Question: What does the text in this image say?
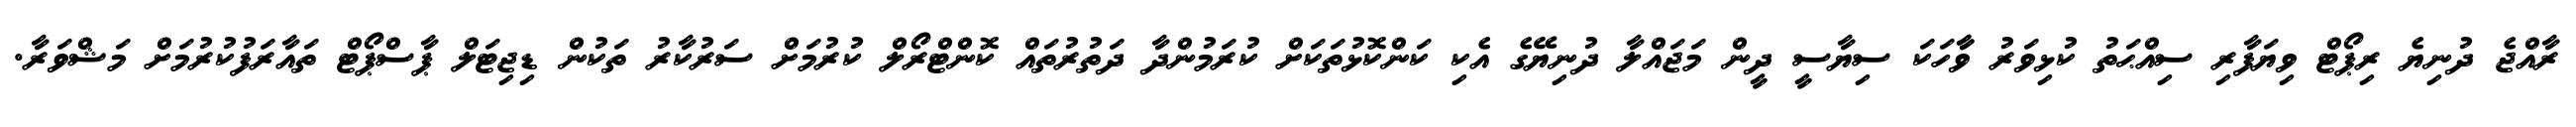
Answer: ރާއްޖެ ދުނިޔެ ރިޕޯޓް ވިޔަފާރި ސިއްޙަތު ކުޅިވަރު ވާާހަކަ ސިޔާސީ ދީން މަޖައްލާ ދުނިޔޭގެ އެކި ކަންކޮޅުތަކަށް ކުރަމުންދާ ދަތުރުތައް ކޮންޓްރޯލް ކުރުމަށް ސަރުކާރު ތަކުން ޑިޖިޓަލް ޕާސްޕޯޓް ތައާރަފުކުރުމަށް މަޝްވަރާ.